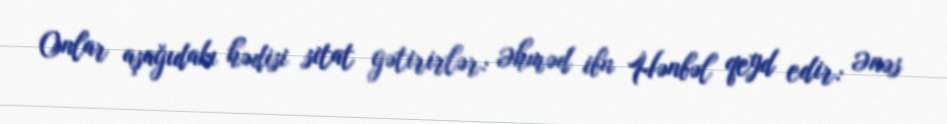
Onlar aşağıdakı hədisi sitat gətirirlər: Əhməd ibn Hənbəl qeyd edir: Ənəs